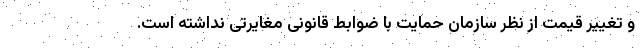
و تغییر قیمت از نظر سازمان حمایت با ضوابط قانونی مغایرتی نداشته است.